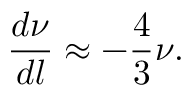
\frac { d \nu } { d l } \approx - \frac { 4 } { 3 } \nu .